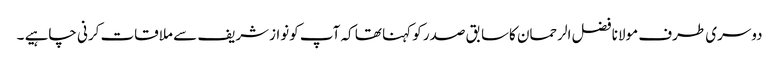
دوسری طرف مولانا فضل الرحمان کاسابق صدر کو کہنا تھا کہ آپ کونوازشریف سے ملاقات کرنی چاہیے ۔